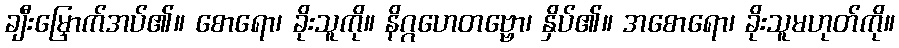
ချီးမြှောက်အပ်၏။ စောရော၊ ခိုးသူကို။ နိဂ္ဂဟေတဗ္ဗော၊ နှိပ်၏။ အစောရော၊ ခိုးသူမဟုတ်ကို။